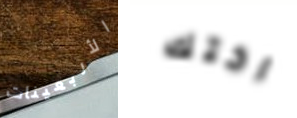
الأربعينات اختك